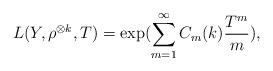
LaTeX: \begin{align*}L(Y, \rho^{\otimes k}, T) =\exp(\sum_{m=1}^{\infty} C_m(k)\frac{T^m}{m}), \end{align*}